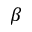
\beta